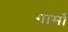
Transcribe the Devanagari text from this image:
गार्मो